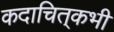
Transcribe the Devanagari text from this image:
कदाचित्‌कभी